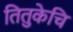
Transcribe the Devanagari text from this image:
तितुकेचि